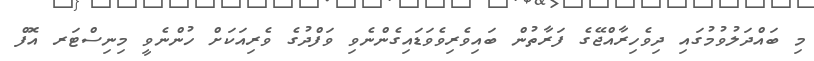
މި ބައްދަލުވުމުގައި ދިވެހިރާއްޖޭގެ ފަރާތުން ބައިވެރިވެވަޑައިގެންނެވި ވަފްދުގެ ވެރިއަކަށް ހުންނެވީ މިނިސްޓަރ އޮފް